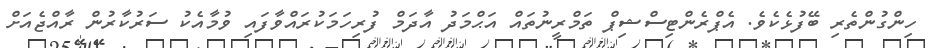
ހިންގުންތެރި ބޭފުޅެކެވެ. އެޕްރެންޓިސްޝިޕް ތަމްރީނުތައް އަޙްމަދު އާދަމް ފުރިހަމަކުރައްވާފައި ވުމާއެކު ސަރުކާރުން ރާއްޖެއަށް